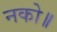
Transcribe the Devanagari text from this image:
नको॥